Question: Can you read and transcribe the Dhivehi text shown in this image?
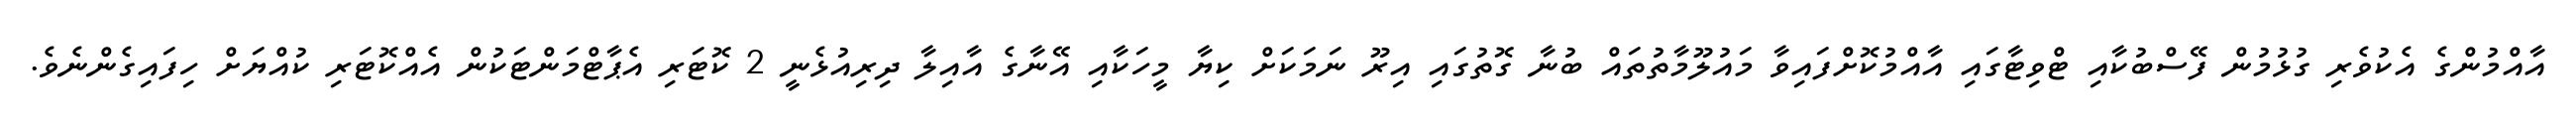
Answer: އާއްމުންގެ އެކުވެރި ގުޅުމުން ފޭސްބުކާއި ޓްވިޓާގައި އާއްމުކޮށްފައިވާ މައުލޫމާތުތައް ބުނާ ގޮތުގައި އިރޫ ނަމަކަށް ކިޔާ މީހަކާއި އޭނާގެ އާއިލާ ދިރިއުޅެނީ 2 ކޮޓަރި އެޕާޓްމަންޓަކުން އެއްކޮޓަރި ކުއްޔަށް ހިފައިގެންނެވެ.